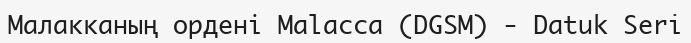
Малакканың ордені Malacca (DGSM) - Datuk Seri